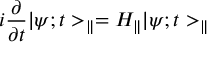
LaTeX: i \frac { \partial } { \partial t } | \psi ; t > _ { \parallel } = H _ { \parallel } | \psi ; t > _ { \parallel }